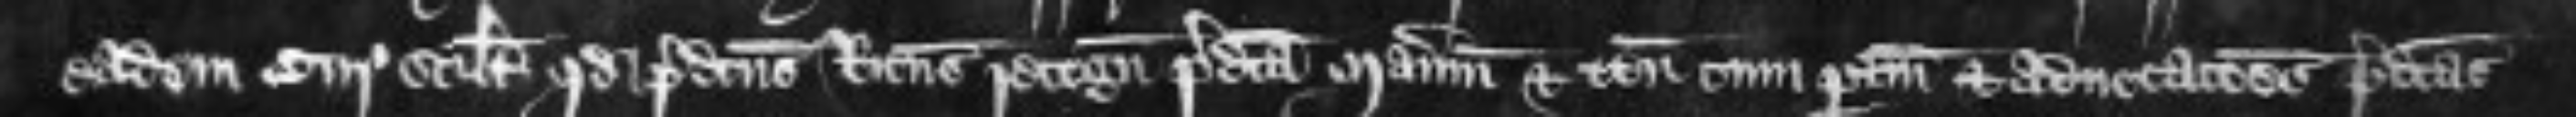
eadem curia scilicet quod predictus Ricardus recognovit predicta manerium et tenementa cum pertinenciis et advocationes predictas